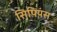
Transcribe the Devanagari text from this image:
सिपियंस